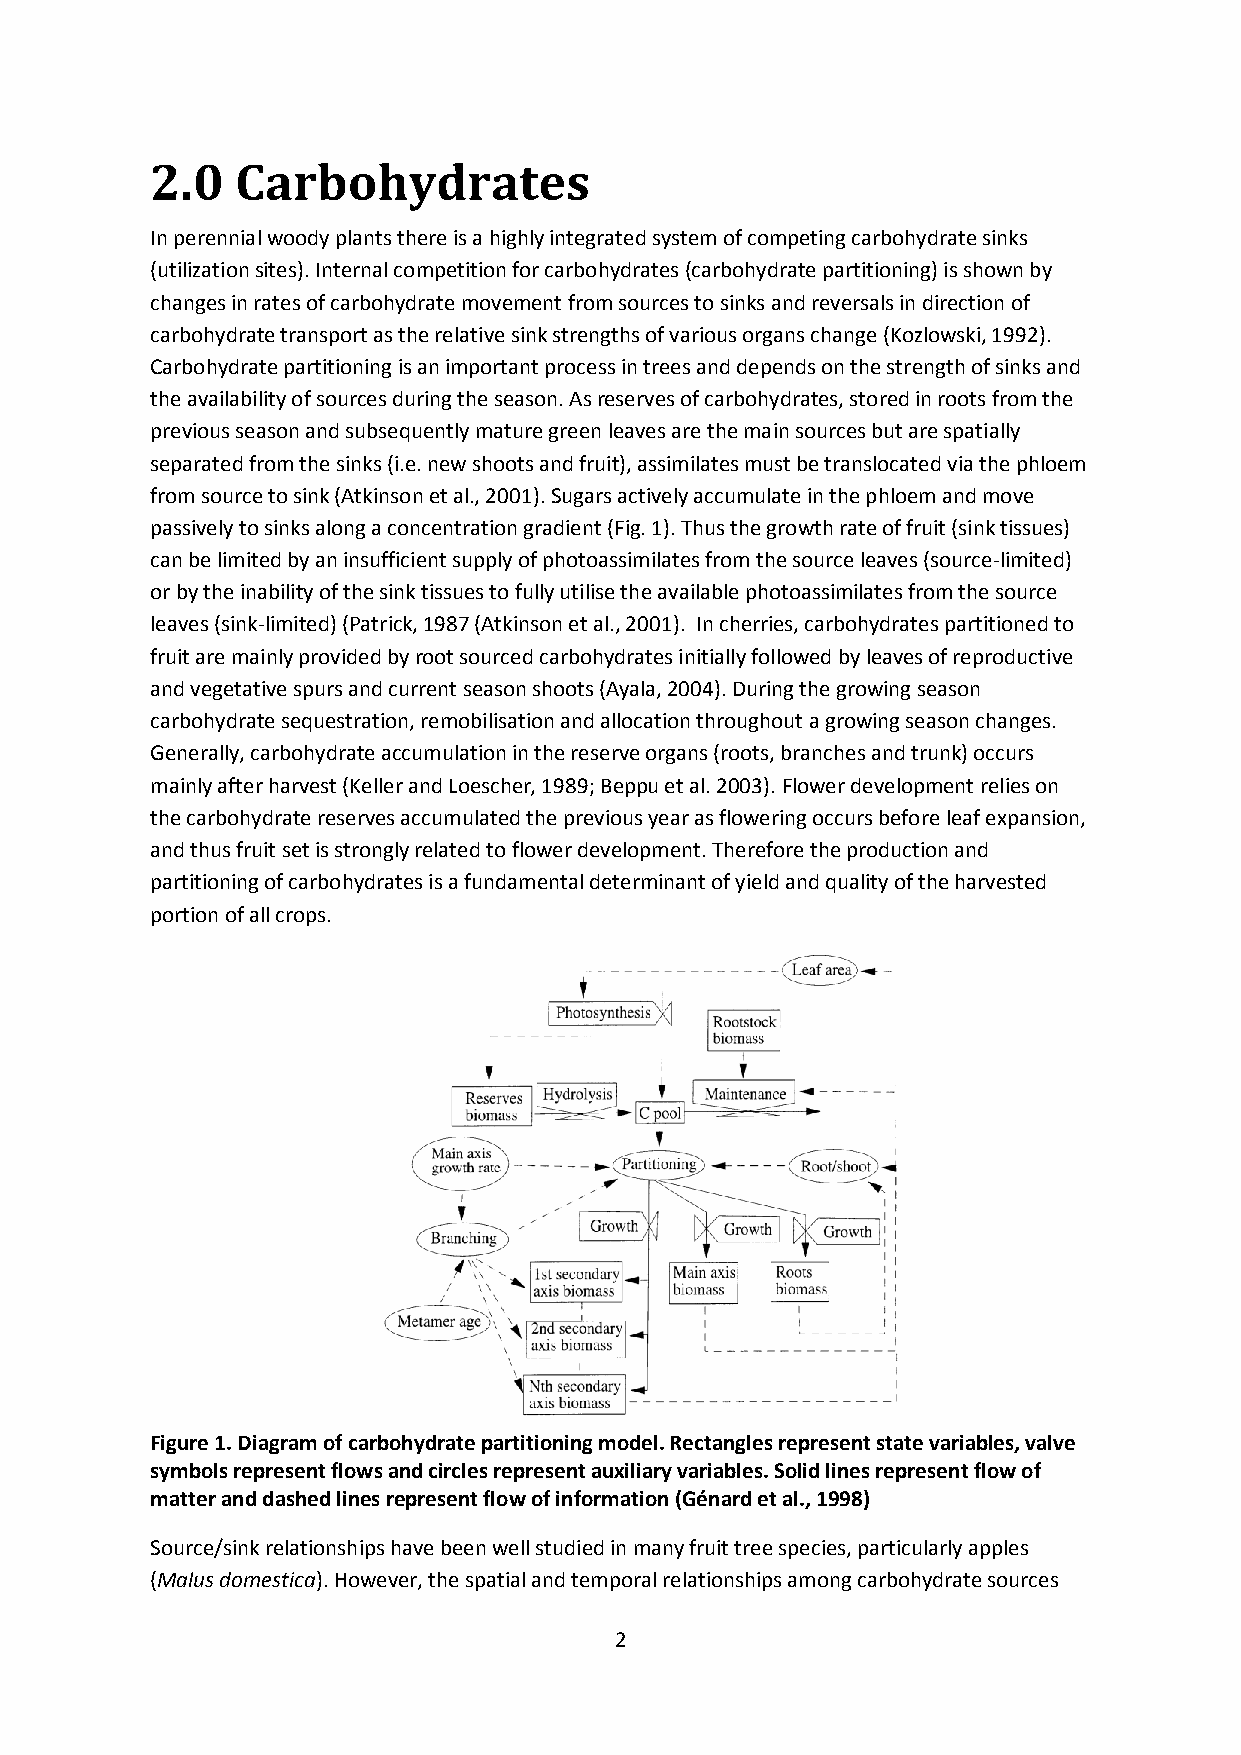
2.0   Carbohydrates
 In perennial woody plants there is a highly integrated system of competing carbohydrate sinks
 (utilization sites). Internal competition for carbohydrates (carbohydrate partitioning) is shown by
 changes in rates of carbohydrate movement from sources to sinks and reversals in direction of
 carbohydrate transport as the relative sink strengths of various organs change (Kozlowski, 1992).
 Carbohydrate partitioning is an important process in trees and depends on the strength of sinks and
 the availability of sources during the season. As reserves of carbohydrates, stored in roots from the
 previous season and subsequently mature green leaves are the main sources but are spatially
 separated from the sinks (i.e. new shoots and fruit), assimilates must be translocated via the phloem
 from source to sink (Atkinson et al., 2001). Sugars actively accumulate in the phloem and move
 passively to sinks along a concentration gradient (Fig. 1). Thus the growth rate of fruit (sink tissues)
 can be limited by an insufficient supply of photoassimilates from the source leaves (source-limited)
 or by the inability of the sink tissues to fully utilise the available photoassimilates from the source
 leaves (sink-limited) (Patrick, 1987 (Atkinson et al., 2001). In cherries, carbohydrates partitioned to
 fruit are mainly provided by root sourced carbohydrates initially followed by leaves of reproductive
 and vegetative spurs and current season shoots (Ayala, 2004). During the growing season
 carbohydrate sequestration, remobilisation and allocation throughout a growing season changes.
 Generally, carbohydrate accumulation in the reserve organs (roots, branches and trunk) occurs
 mainly after harvest (Keller and Loescher, 1989; Beppu et al. 2003). Flower development relies on
 the carbohydrate reserves accumulated the previous year as flowering occurs before leaf expansion,
 and thus fruit set is strongly related to flower development. Therefore the production and
 partitioning of carbohydrates is a fundamental determinant of yield and quality of the harvested
 portion of all crops.
 Figure 1. Diagram of carbohydrate partitioning model. Rectangles represent state variables, valve
 symbols represent flows and circles represent auxiliary variables. Solid lines represent flow of
 matter and dashed lines represent flow of information (Génard et al., 1998)
 Source/sink relationships have been well studied in many fruit tree species, particularly apples
 (Malus domestica). However, the spatial and temporal relationships among carbohydrate sources
 2